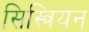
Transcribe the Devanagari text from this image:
सिस्त्रियन